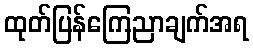
ထုတ်ပြန်ကြေညာချက်အရ